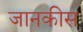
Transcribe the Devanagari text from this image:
जानकीस